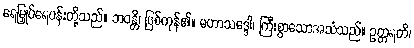
ရေမြှုပ်ရေပန်းတို့သည်။ ဘဝန္တိ၊ ဖြစ်ကုန်၏။ မဟာသဒ္ဒေါ၊ ကြီးစွာသောအသံသည်။ ဥတ္တရတိ၊